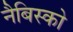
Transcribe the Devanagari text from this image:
नैबिस्को